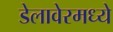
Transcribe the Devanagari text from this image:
डेलावेरमध्ये